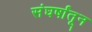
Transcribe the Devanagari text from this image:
संघर्षांतून